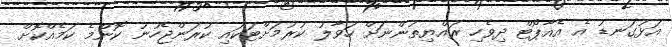
އަޅުގަނޑު އެ އެއާޕޯޓް ދިވެހި ރައްޔިތުންނަށް ހަވާލު ކުރުމަށްޓަކައި ކުރަންޖެހުނު ކޮންމެ ކަމެއްކޮށް